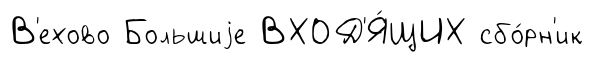
В'ехово Большиjе ВХОД'Я́ЩИХ сбо́рн'ик